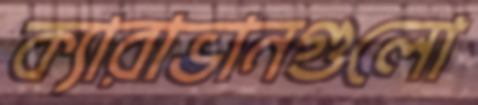
ক্যারাভানগুলো